Malarial fevers
Disease focus: Malaria
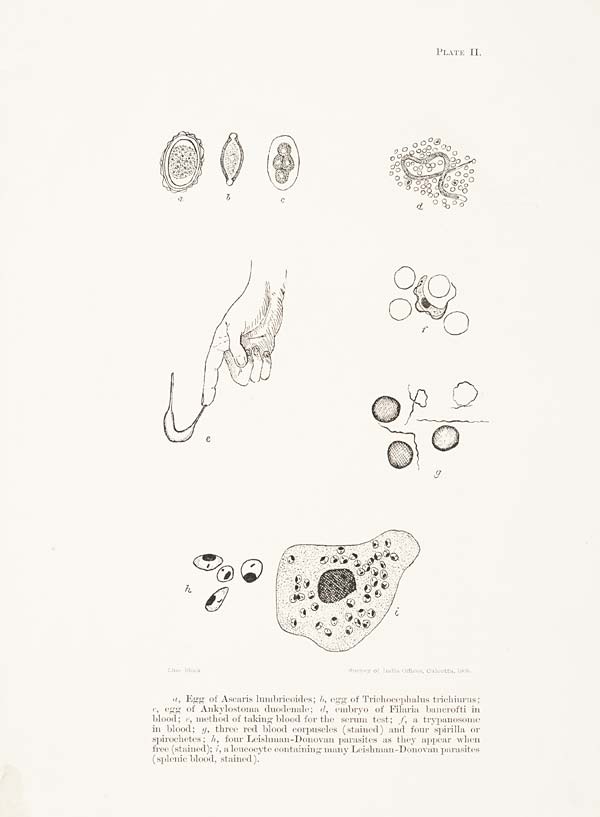
PLATE II.
Line Block.
Survey of India Offices, Calcutta, 1908.
a, Egg of Ascaris lumbricoides; b, egg of Trichocephalus trichiurus;
c, egg of Ankylostoma duodenale; d, embryo of Filaria bancrofti in
blood; e, method of taking blood for the serum test; f, a trypanosome
in blood; g, three red blood corpuscles (stained) and four spirilla or
spirochetes; h, four Leishman-Donovan parasites as they appear when
free (stained); i, a leucocyte containing many Leishman-Donovan parasites
(splenic blood, stained).